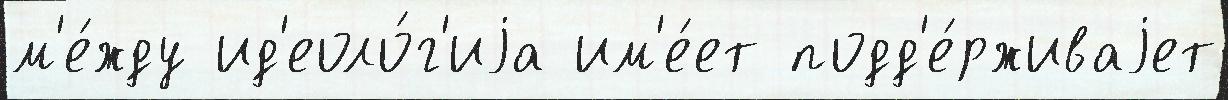
м'е́жду ид'еоло́г'иjа им'е́ет подд'е́рживаjет